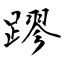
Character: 蹘